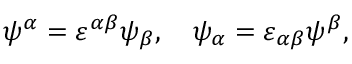
\psi ^ { \alpha } = \varepsilon ^ { \alpha \beta } \psi _ { \beta } , \quad \psi _ { \alpha } = \varepsilon _ { \alpha \beta } \psi ^ { \beta } ,